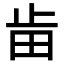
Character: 𣥤